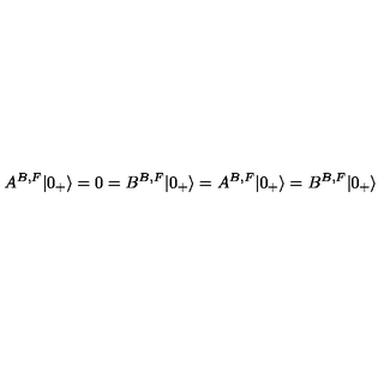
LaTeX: A ^ { B , F } | 0 _ { + } \rangle = 0 = B ^ { B , F } | 0 _ { + } \rangle = A ^ { B , F } | 0 _ { + } \rangle = B ^ { B , F } | 0 _ { + } \rangle ~